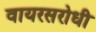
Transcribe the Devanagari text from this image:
वायरसरोधी